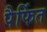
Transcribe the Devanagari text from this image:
पैर्फित